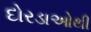
દોરડાઓથી